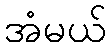
အံမယ်